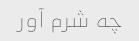
چه شرم آور